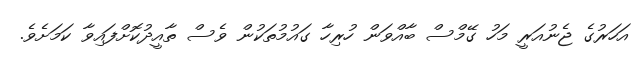
އަހަރުގެ ޖެނުއަރީ މަހު ގޭމްސް ބާއްވަން ހުރިހާ ގައުމުތަކުން ވެސް ތާއީދުކޮށްފައިވާ ކަމަށެވެ.